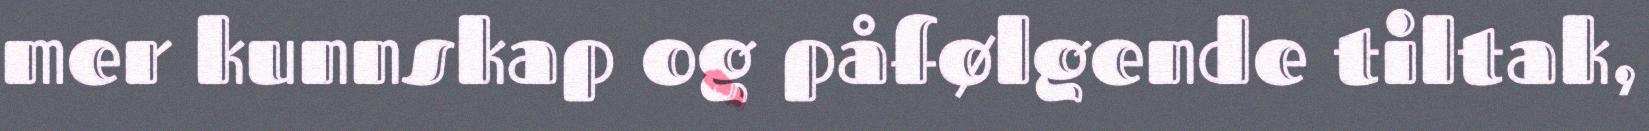
mer kunnskap og påfølgende tiltak,